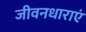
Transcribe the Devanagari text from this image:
जीवनधाराएं